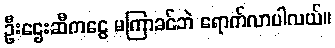
ဦးဌေးဆီကငွေ မကြာခင်ဘဲ ရောက်လာပါလယ်။